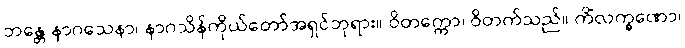
ဘန္တေ နာဂသေနာ၊ နာဂသိန်ကိုယ်တော်အရှင်ဘုရား။ ဝိတက္ကော၊ ဝိတက်သည်။ ကိံလက္ခဏော၊